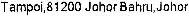
TAMPOI,81200 JOHOR BAHRU,JOHOR